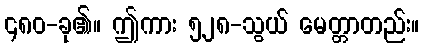
၄၈၀-ခု၏။ ဤကား ၅၂၈-သွယ် မေတ္တာတည်း။